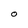
Character: O